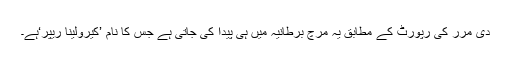
دی مرر کی رپورٹ کے مطابق یہ مرچ برطانیہ میں ہی پیدا کی جاتی ہے جس کا نام ’کیرولینا ریپر‘ہے۔